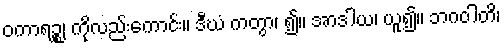
ဝကာရဉ္စ၊ ကိုလည်းကောင်း။ ဒီဃံ ကတွာ၊ ၍။ အာဒါယ၊ ယူ၍။ ဘဂဝါတိ၊